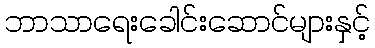
ဘာသာရေးခေါင်းဆောင်များနှင့်